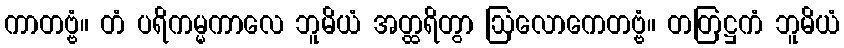
ကာတဗ္ဗံ။ တံ ပရိကမ္မကာလေ ဘူမိယံ အတ္ထရိတွာ ဩလောကေတဗ္ဗံ။ တတြဋ္ဌကံ ဘူမိယံ